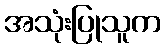
အသုံးပြုသူက